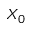
X _ { 0 }